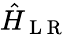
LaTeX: \hat{H}_{\mathrm{~L~R~}}